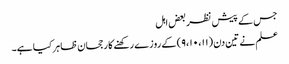
جس کے پیش نظر بعض اہل
علم نے تین دن (۹،۱۰،۱۱) کے روزے رکھنے کا رجحان ظاہر کیا ہے۔